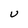
Character: U